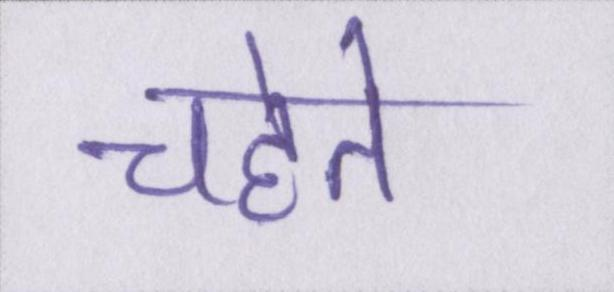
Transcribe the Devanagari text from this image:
चहेते